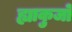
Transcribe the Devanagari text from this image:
ह्याकुजो